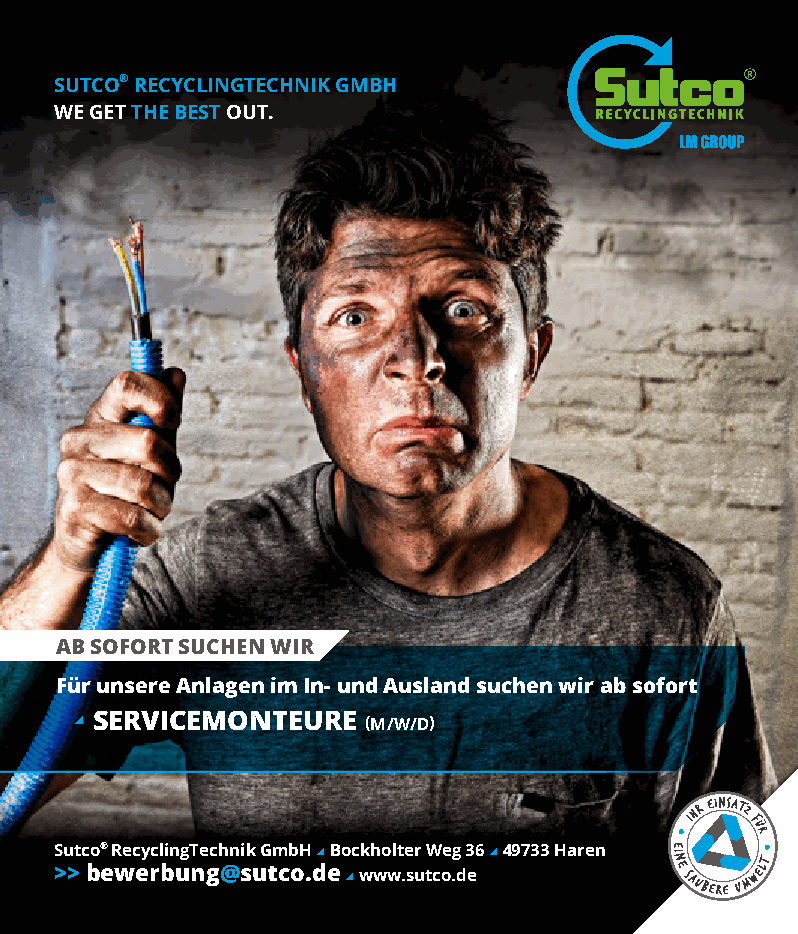
SUTCO® RECYCLINGTECHNIK GMBH
 WE GET THE BEST OUT.
 AB SOFORT SUCHEN WIR
 Für unsere Anlagen im In- und Ausland suchen wir ab sofort
 a SERVICEMONTEURE  (M / W/D)
 Sutco® RecyclingTechnik GmbH a Bockholter Weg 36 a 49733 Haren
 >> bewerbung@sutco.de a www.sutco.de